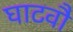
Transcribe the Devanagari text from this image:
घाटवौ